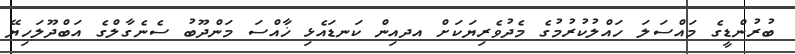
ބުރުންޑީގެ މައްސަލަ ހައްލުކުރުމުގެ މެދުވެރިޔަކަށް އދއިން ކަނޑައެޅި ޚާއްސަ މަންދޫބު ސެނެގާލްގެ އަބްދޫލަހިޔޭ